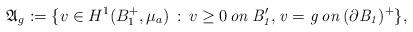
LaTeX: \begin{align*} \mathfrak{A}_g:=\{v\in H^1(B_1^+, \mu_a)\,:\, v\geq 0\,\it{on}\, B'_1, v=g\,\it{on}\, (\partial{B_1})^+ \},\end{align*}